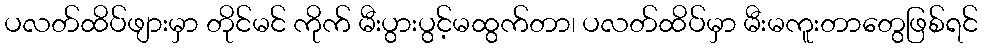
ပလတ်ထိပ်ဖျားမှာ တိုင်မင် ကိုက် မီးပွားပွင့်မထွက်တာ၊ ပလတ်ထိပ်မှာ မီးမကူးတာတွေဖြစ်ရင်